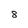
Character: 8